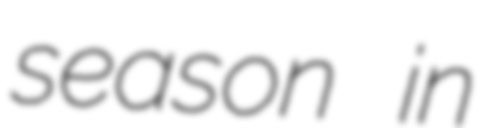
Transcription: season in